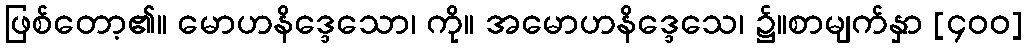
ဖြစ်တော့၏။ မောဟနိဒ္ဒေသော၊ ကို။ အမောဟနိဒ္ဒေသေ၊ ၌။စာမျက်နှာ [၄၀၀]